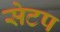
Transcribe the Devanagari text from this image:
सेटप